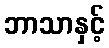
ဘာသာနှင့်